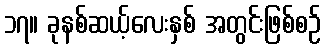
၁၇။ ခုနစ်ဆယ့်လေးနှစ် အတွင်းဖြစ်စဉ်